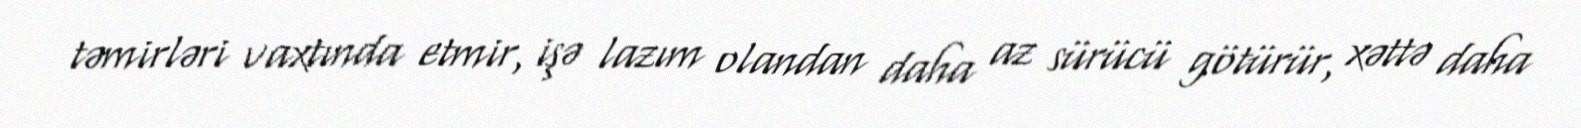
təmirləri vaxtında etmir, işə lazım olandan daha az sürücü götürür, xəttə daha